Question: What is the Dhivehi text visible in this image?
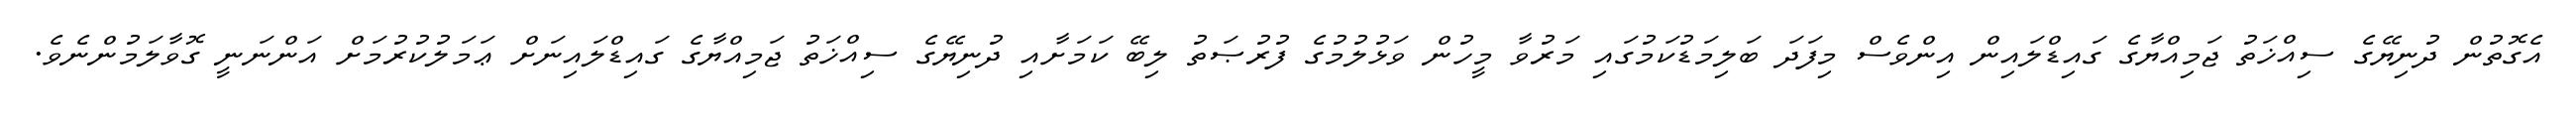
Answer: އެގޮތުން ދުނިޔޭގެ ސިއްޚަތު ޖަމިއްޔާގެ ގައިޑްލައިން އިންވެސް މިފަދަ ބަލިމަޑުކަމުގައި މަރުވާ މީހުން ވަޅުލުމުގެ ފުރުޞަތު ލިބޭ ކަމަށާއި ދުނިޔޭގެ ސިއްޚަތު ޖަމިއްޔާގެ ގައިޑްލައިނަށް ޢަމަލުކުރުމަށް އަންނަނީ ގޮވާލަމުންނެވެ.